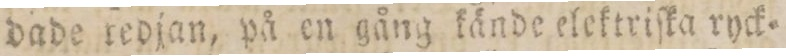
dade redjan, på en gång kände elektriſka ryck=